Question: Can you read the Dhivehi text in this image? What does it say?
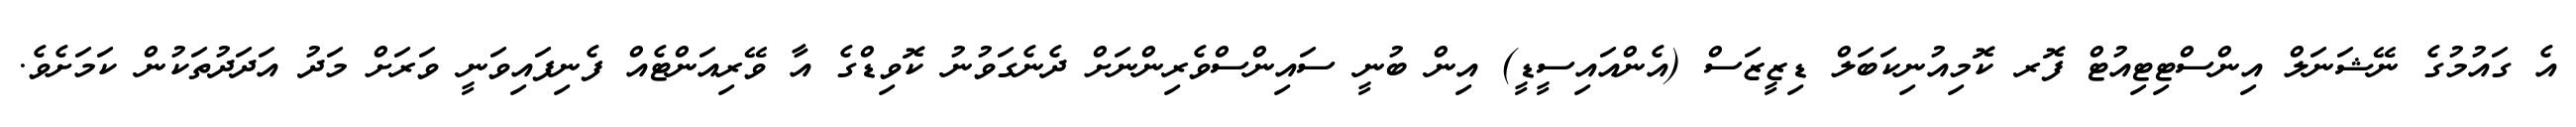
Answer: އެ ގައުމުގެ ނޭޝަނަލް އިންސްޓިޓިއުޓް ފޮރ ކޮމިއުނިކަބަލް ޑިޒީޒަސް (އެންއައިސީޑީ) އިން ބުނީ ސައިންސްވެރިންނަށް ދެނެގަވުނު ކޮވިޑްގެ އާ ވޭރިއަންޓެއް ފެނިފައިވަނީ ވަރަށް މަދު އަދަދުތަކުން ކަމަށެވެ.